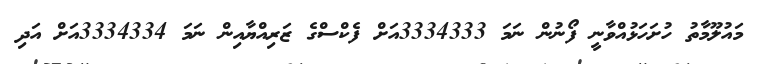
މައުލޫމާތު ހުށަހަޅުއްވާނީ ފޯނުން ނަމަ 3334333އަށް ފެކްސްގެ ޒަރިއްޔާއިން ނަމަ 3334334އަށް އަދި